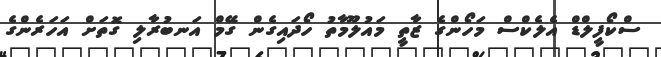
ސްކޯފީލްޑް އެލެކްސް މަހޯންގެ ޒާތީ މައުލޫމާތު ހޯދައިގެން ގޭމް އަނބުރާލި ގޮތަށް އަހަރެންގެ